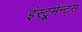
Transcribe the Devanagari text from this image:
इंस्ट्रूमेन्ट्स